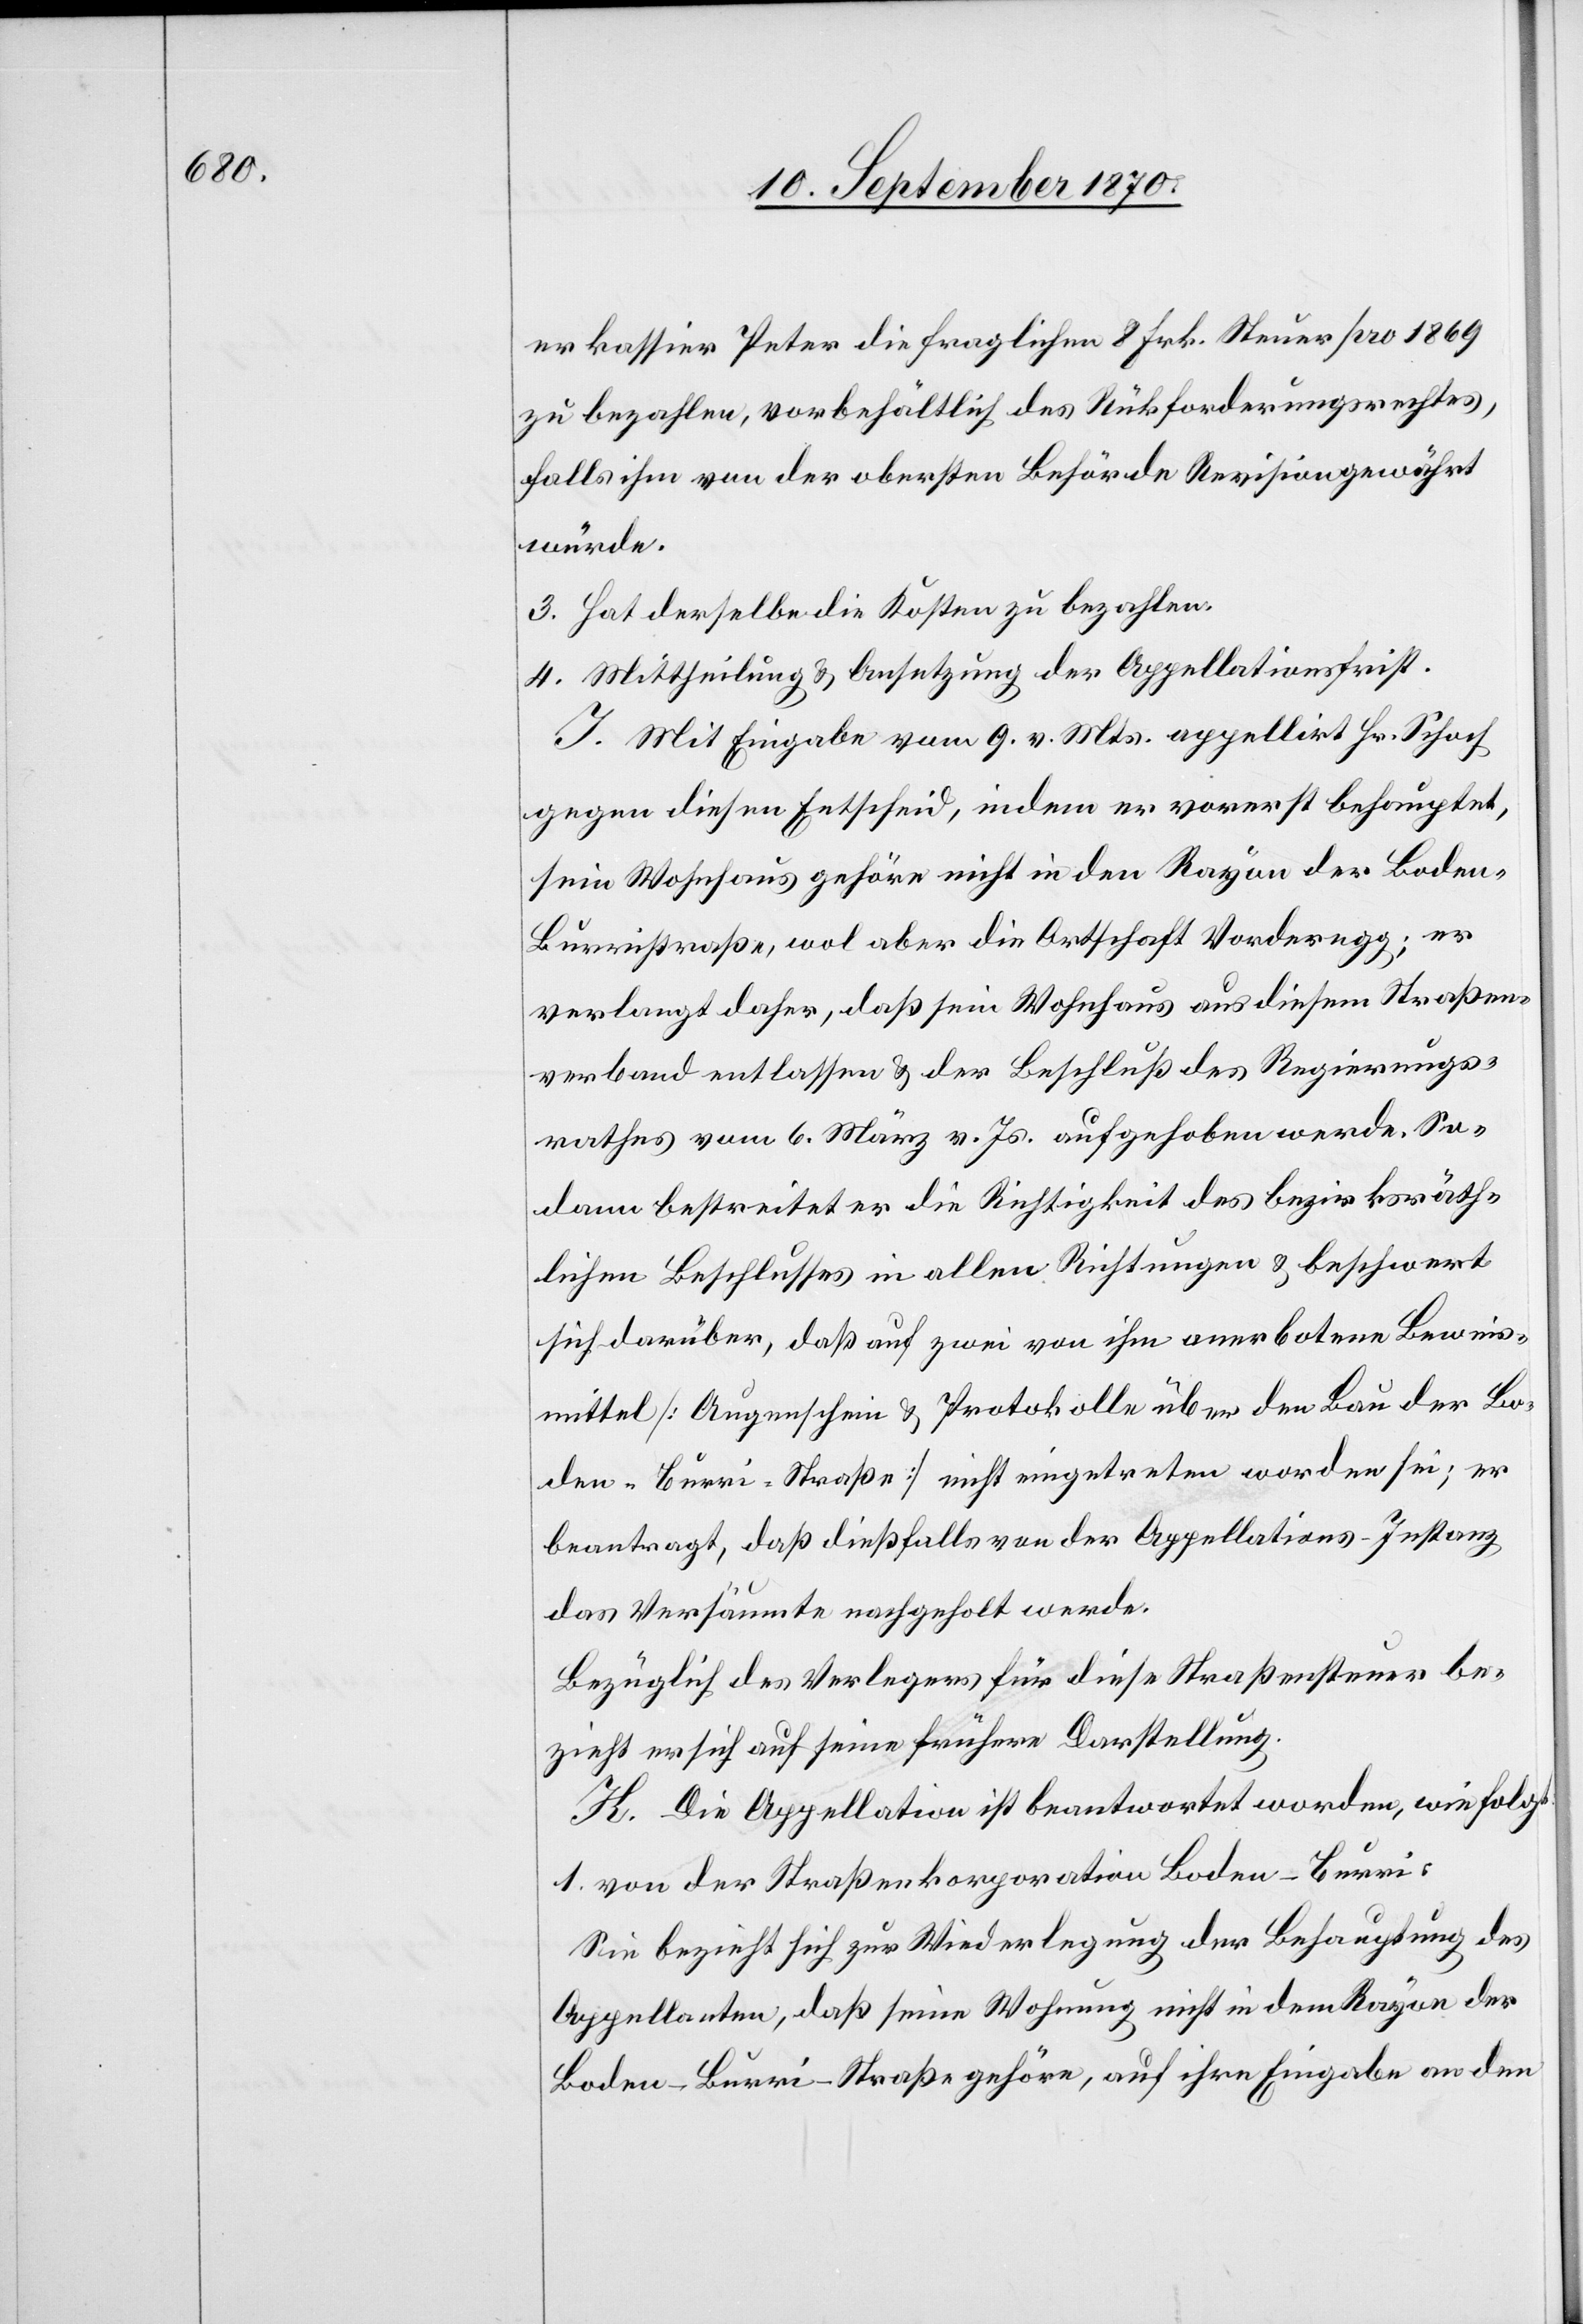
erkassier Peter die fraglichen 8 Frk. Steuer pro 1869
zu bezahlen, vorbehältlich des Rückforderungsrechtes,
falls ihm von der obersten Behörde Revision gewährt
würde.
3. Hat derselbe die Kosten zu bezahlen.
4. Mittheilung & Ansetzung der Appellationsfrist.
J. Mit Eingabe vom 9. v. Mts. appellirt Hr. Schoch
gegen diesen Entscheid, indem er vorerst behauptet,
sein Wohnhaus gehöre nicht in den Rayon der Boden–B¬
urristraße, wol aber die Ortschaft Vorderegg; er
verlangt daher, daß sein Wohnhaus aus diesem Straßen¬
verband entlassen & der Beschluß des Regierungs¬
rathes vom 6. März v. Js. aufgehoben werde. So¬
dann bestreitet er die Richtigkeit des bezirksräth¬
lichen Beschlusses in allen Richtungen & beschwert
sich darüber, daß auf zwei von ihm anerbotene Beweis¬
mittel [Augenschein & Protokolle über den Bau der Bo¬
den–Burri-Straße] nicht eingetreten worden sei; er
beantragt, daß dießfalls von der Appellations-Instanz
das Versäumte nachgeholt werde.
Bezüglich des Verlegers für diese Straßensteuer be¬
zieht er sich auf seine frühere Darstellung.
K. Die Appellation ist beantwortet worden, wie folgt:
1. von der Straßenkorporation Boden–Burri:
Sie bezieht sich zur Wiederlegung der Behauptung des
Appellanten, daß seine Wohnung nicht in dem Rayon der
Boden–Burri-Straße gehöre, auf ihre Eingabe an den